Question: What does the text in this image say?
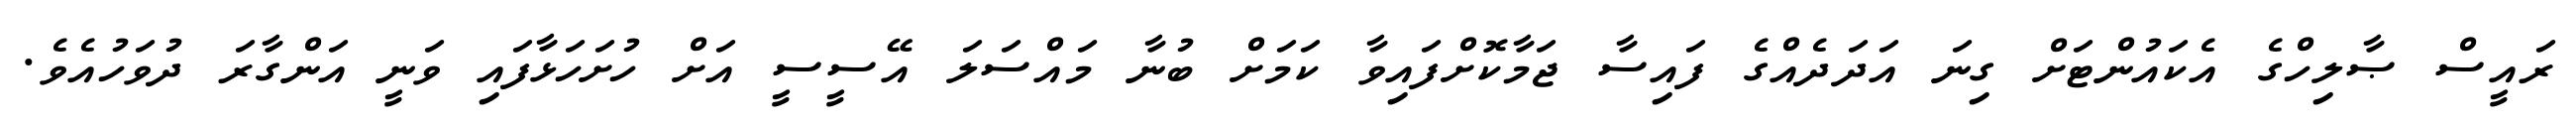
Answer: ރައީސް ޞާލިހްގެ އެކައުންޓަށް ގިނަ އަދަދެއްގެ ފައިސާ ޖަމާކޮށްފައިވާ ކަމަށް ބުނާ މައްސަލަ އޭސީސީ އަށް ހުށަހަޅާފައި ވަނީ އަންގާރަ ދުވަހުއެވެ.